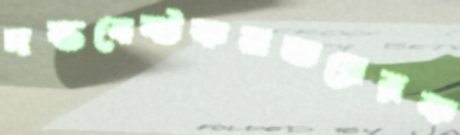
দন্তবেষ্টকনভয়েরক